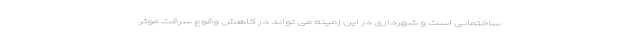
ساختمانی است و شهرداری در این زمینه می تواند در کاهش وقوع سرقت موثر